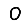
Digit: 0